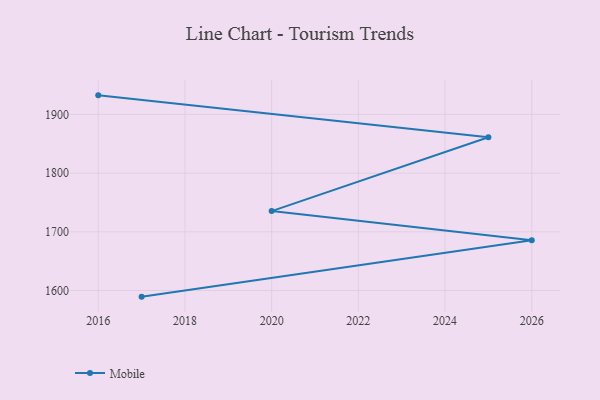
{"axis": {"x": "Year", "y": "Market Share (%)"}, "legend": ["Mobile"], "data": [{"x": "2017", "y": 1589.6, "type": "Mobile"}, {"x": "2026", "y": 1685.6, "type": "Mobile"}, {"x": "2020", "y": 1735.3, "type": "Mobile"}, {"x": "2025", "y": 1861.0, "type": "Mobile"}, {"x": "2016", "y": 1932.4, "type": "Mobile"}]}